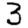
Digit: 3